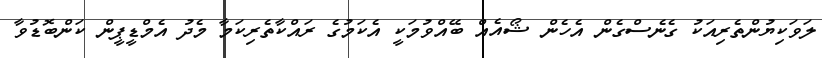
ލަވަކިޔުންތެރިއަކު ގެނެސްގެން އެހެން ޝޯޯއެއް ބޭއްވުމަކީ އެކަމުގެ ރައްކާތެރިކަމާ މެދު އެމްޑީޕީން ކަންބޮޑުވާ